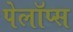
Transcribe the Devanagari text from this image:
पेलॉप्स